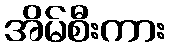
အိမ်စီးကား